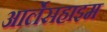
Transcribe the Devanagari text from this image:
आर्लेसहाइम